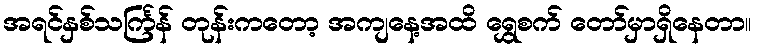
အရင်နှစ်သင်္ကြန် တုန်းကတော့ အကျနေ့အထိ ရွှေစက် တော်မှာရှိနေတာ။